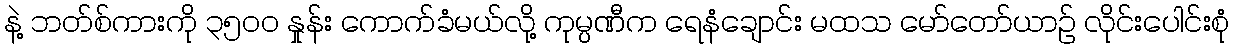
နဲ့ ဘတ်စ်ကားကို ၃၅၀၀ နှုန်း ကောက်ခံမယ်လို့ ကုမ္ပဏီက ရေနံချောင်း မထသ မော်တော်ယာဉ် လိုင်းပေါင်းစုံ